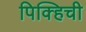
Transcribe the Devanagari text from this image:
पिक्हिची